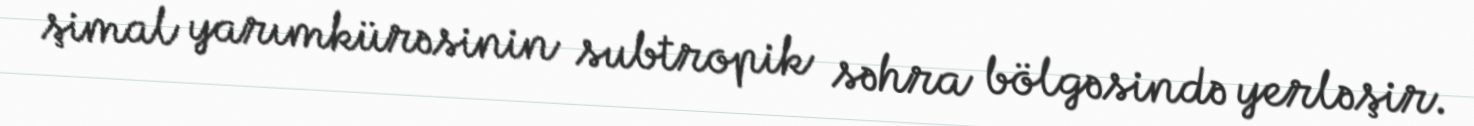
şimal yarımkürəsinin subtropik səhra bölgəsində yerləşir.